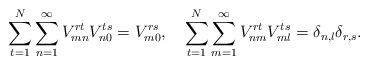
LaTeX: \begin{align*}\sum_{t=1}^N \sum_{n=1}^\infty V_{mn}^{rt}V_{n0}^{ts}=V_{m0}^{rs},\ \ \ \sum_{t=1}^N \sum_{m=1}^\infty V_{nm}^{rt}V_{ml}^{ts}=\delta_{n,l}\delta_{r,s}.\end{align*}